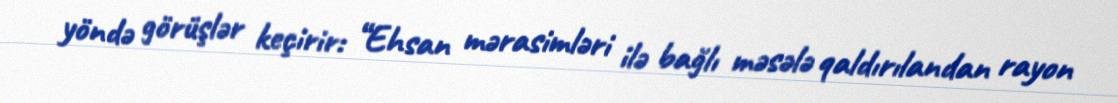
yöndə görüşlər keçirir: “Ehsan mərasimləri ilə bağlı məsələ qaldırılandan rayon